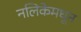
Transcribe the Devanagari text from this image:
नलिकेमधून